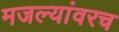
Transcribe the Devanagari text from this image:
मजल्यांवरच